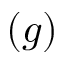
( g )